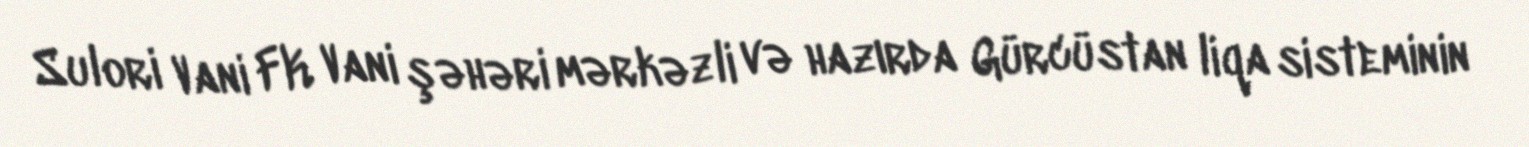
Sulori Vani FK Vani şəhəri mərkəzli və hazırda Gürcüstan liqa sisteminin